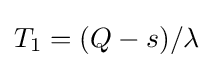
T_{1}=(Q-s)/\lambda